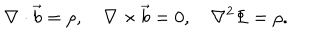
\nabla \cdot \vec { b } = \rho , \quad \nabla \times \vec { b } = 0 , \quad \nabla ^ { 2 } \Phi = \rho .